Calcutta medical institutions reports 1871-78
Year: 1871
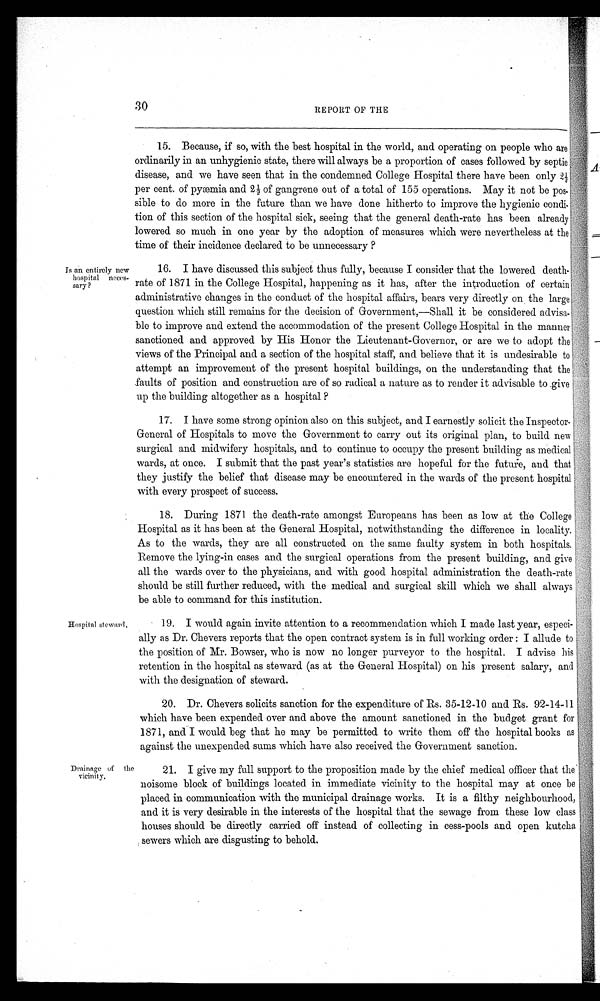
30
REPORT OF THE
Is an entirely new
hospital neces-
sary ?
Hospital steward.
15. Because, if so, with the best hospital in the world, and operating on people who are
ordinarily in an unhygienic state, there will always be a proportion of cases followed by septic
disease, and we have seen that in the condemned College Hospital there have been only 2½
per cent. of pyæmia and 2½ of gangrene out of a total of 155 operations. May it not be pos-
sible to do more in the future than we have done hitherto to improve the hygienic condi-
tion of this section of the hospital sick, seeing that the general death-rate has been already
lowered so much in one year by the adoption of measures which were nevertheless at the
time of their incidence declared to be unnecessary ?
16. I have discussed this subject thus fully, because I consider that the lowered death-
rate of 1871 in the College Hospital, happening as it has, after the introduction of certain
administrative changes in the conduct of the hospital affairs, bears very directly on the large
question which still remains for the decision of Government,—Shall it be considered advisa-
ble to improve and extend the accommodation of the present College Hospital in the manner
sanctioned and approved by His Honor the Lieutenant-Governor, or are we to adopt the
views of the Principal and a section of the hospital staff, and believe that it is undesirable to
attempt an improvement of the present hospital buildings, on the understanding that the
faults of position and construction are of so radical a nature as to render it advisable to give
up the building altogether as a hospital ?
17. I have some strong opinion also on this subject, and I earnestly solicit the Inspector-
General of Hospitals to move the Government to carry out its original plan, to build new
surgical and midwifery hospitals, and to continue to occupy the present building as medical
wards, at once. I submit that the past year's statistics are hopeful for the future, and that
they justify the belief that disease may be encountered in the wards of the present hospital
with every prospect of success.
18. During 1871 the death-rate amongst Europeans has been as low at the College
Hospital as it has been at the General Hospital, notwithstanding the difference in locality.
As to the wards, they are all constructed on the same faulty system in both hospitals.
Remove the lying-in cases and the surgical operations from the present building, and give
all the wards over to the physicians, and with good hospital administration the death-rate
should be still further reduced, with the medical and surgical skill which we shall always
be able to command for this institution.
19. I would again invite attention to a recommendation which I made last year, especi-
ally as Dr. Chevers reports that the open contract system is in full working order: I allude to
the position of Mr. Bowser, who is now no longer purveyor to the hospital. I advise his
retention in the hospital as steward (as at the General Hospital) on his present salary, and
with the designation of steward.
Drainage of the
vicinity.
20. Dr. Chevers solicits sanction for the expenditure of Rs. 35-12-10 and Rs. 92-14-11
which have been expended over and above the amount sanctioned in the budget grant for
1871, and I would beg that he may be permitted to write them off the hospital books as
against the unexpended sums which have also received the Government sanction.
21. I give my full support to the proposition made by the chief medical officer that the
noisome block of buildings located in immediate vicinity to the hospital may at once be
placed in communication with the municipal drainage works. It is a filthy neighbourhood,
and it is very desirable in the interests of the hospital that the sewage from these low class
houses should be directly carried off instead of collecting in cess-pools and open kutcha
sewers which are disgusting to behold.